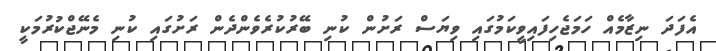
އެފަދަ ނިޒާމެއް ހަމަޖެހިފައިވީކަމުގައި ވިޔަސް ރަށުން ކުނި ބޭރުކުރެވެންދެން ރަށުގައި ކުނި މެނޭޖްކުރުމަކީ